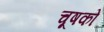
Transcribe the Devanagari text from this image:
चूषको